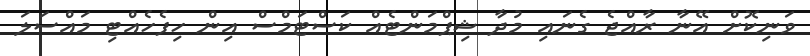
ވަނިކޮށް އޭނާ ރާއްޖެ ގެނައި މުދާ ޝިޕްމަންޓެއް ކަސްޓަމްސް އިން ހިފެހެއްޓި މައްސަލަ